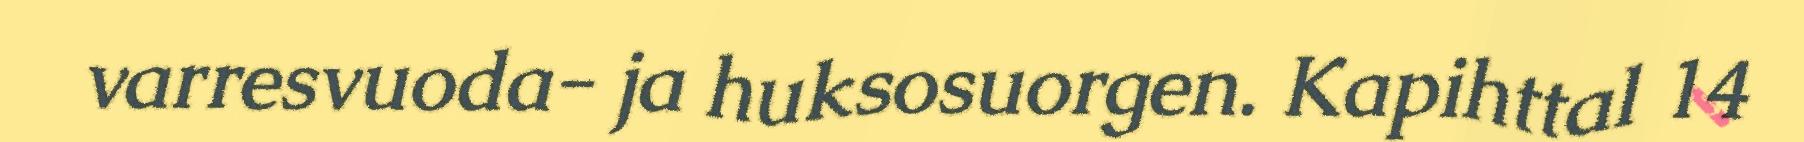
varresvuoda- ja huksosuorgen. Kapihttal 14